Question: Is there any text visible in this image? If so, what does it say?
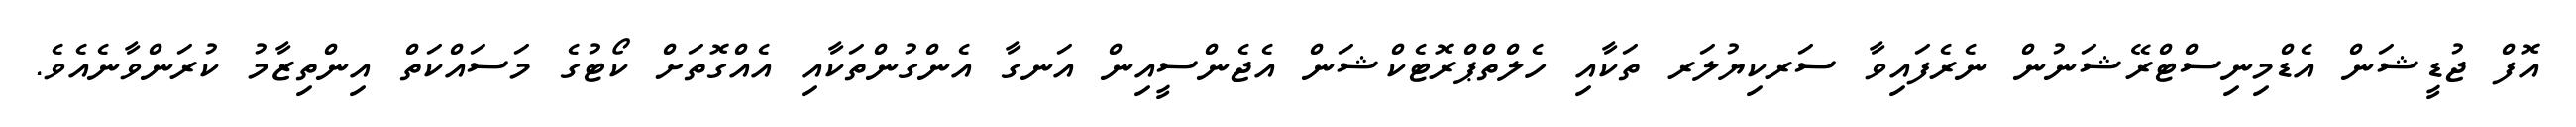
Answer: އޮފް ޖުޑީޝަން އެޑްމިނިސްޓްރޭޝަނުން ނެރެފައިވާ ސަރކިޔުލަރ ތަކާއި ހެލްތްޕްރޮޓެކްޝަން އެޖެންސީއިން އަނގާ އެންގުންތަކާއި އެއްގޮތަށް ކޯޓުގެ މަސައްކަތް އިންތިޒާމު ކުރަންވާނެއެވެ.